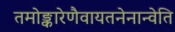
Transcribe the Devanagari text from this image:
तमोङ्कारेणैवायतनेनान्वेति